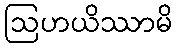
ဩဟယိဿာမိ